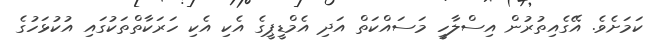
ކަމަށެވެ. އޭގެއިތުރުން އިސްލާހީ މަސައްކަތް އަދި އެމްޑީޕީގެ އެކި އެކި ހަރަކާތްތަކުގައި އުކުޅަހުގެ